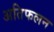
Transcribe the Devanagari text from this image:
अतिफलन